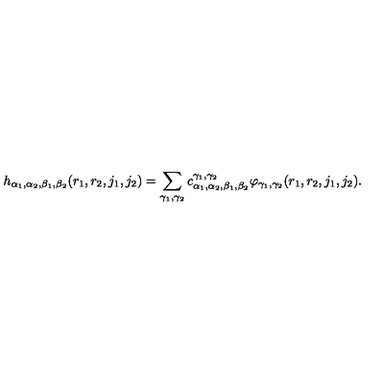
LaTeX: h _ { \alpha _ { 1 } , \alpha _ { 2 } , \beta _ { 1 } , \beta _ { 2 } } ( r _ { 1 } , r _ { 2 } , j _ { 1 } , j _ { 2 } ) = \sum _ { \gamma _ { 1 } , \gamma _ { 2 } } c _ { \alpha _ { 1 } , \alpha _ { 2 } , \beta _ { 1 } , \beta _ { 2 } } ^ { \gamma _ { 1 } , \gamma _ { 2 } } \varphi _ { \gamma _ { 1 } , \gamma _ { 2 } } ( r _ { 1 } , r _ { 2 } , j _ { 1 } , j _ { 2 } ) .